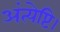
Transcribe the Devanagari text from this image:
अंत्येष्टि।